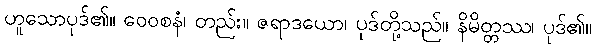
ဟူသောပုဒ်၏။ ဝေဝစနံ၊ တည်း။ ဇရာဒယော၊ ပုဒ်တို့သည်။ နိမိတ္တဿ၊ ပုဒ်၏။